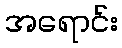
အရောင်း